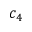
c _ { 4 }